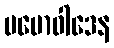
မမောဝါဒေန